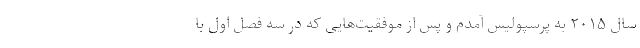
سال ۲۰۱۵ به پرسپولیس آمدم و پس از موفقیت‌هایی که در سه فصل اول با